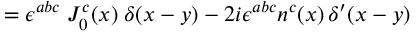
= \epsilon ^ { a b c } \; J _ { 0 } ^ { c } ( x ) \; \delta ( x - y ) - 2 i \epsilon ^ { a b c } n ^ { c } ( x ) \, \delta ^ { \prime } ( x - y )